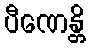
ပီဏေန္တိ